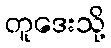
တူဒေးသို့